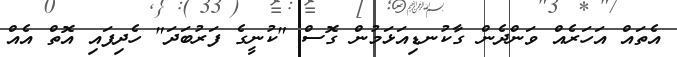
އެތައް އަހަރެއް ވަންދެން ގާކުނޑިއަޅަމުން ގޮސް "ކުނީގެ ފަރުބަދަ" ހެދިފައި އޮތް އެއް